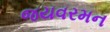
જયવરમન